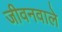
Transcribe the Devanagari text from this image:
जीवनवाले